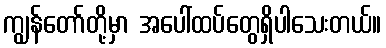
ကျွန်တော်တို့မှာ အပေါ်ထပ်တွေရှိပါသေးတယ်။